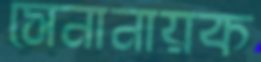
সেনানায়ক